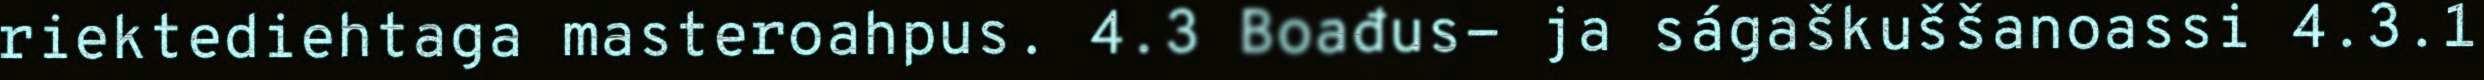
riektediehtaga masteroahpus. 4.3 Boađus- ja ságaškuššanoassi 4.3.1